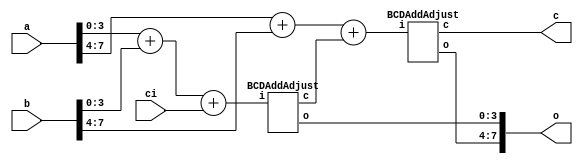


module BCDAdd(ci,a,b,o,c);
input ci;		// carry input
input [7:0] a;
input [7:0] b;
output [7:0] o;
output c;

wire c0,c1;

wire [4:0] hsN0 = a[3:0] + b[3:0] + ci;
wire [4:0] hsN1 = a[7:4] + b[7:4] + c0;

BCDAddAdjust u1 (hsN0,o[3:0],c0);
BCDAddAdjust u2 (hsN1,o[7:4],c);

endmodule

module BCDSub(ci,a,b,o,c);
input ci;		// carry input
input [7:0] a;
input [7:0] b;
output [7:0] o;
output c;

wire c0,c1;

wire [4:0] hdN0 = a[3:0] - b[3:0] - ci;
wire [4:0] hdN1 = a[7:4] - b[7:4] - c0;

BCDSubAdjust u1 (hdN0,o[3:0],c0);
BCDSubAdjust u2 (hdN1,o[7:4],c);

endmodule

module BCDAddAdjust(i,o,c);
input [4:0] i;
output [3:0] o;
reg [3:0] o;
output c;
reg c;
always @(i)
case(i)
5'h0: begin o = 4'h0; c = 1'b0; end
5'h1: begin o = 4'h1; c = 1'b0; end
5'h2: begin o = 4'h2; c = 1'b0; end
5'h3: begin o = 4'h3; c = 1'b0; end
5'h4: begin o = 4'h4; c = 1'b0; end
5'h5: begin o = 4'h5; c = 1'b0; end
5'h6: begin o = 4'h6; c = 1'b0; end
5'h7: begin o = 4'h7; c = 1'b0; end
5'h8: begin o = 4'h8; c = 1'b0; end
5'h9: begin o = 4'h9; c = 1'b0; end
5'hA: begin o = 4'h0; c = 1'b1; end
5'hB: begin o = 4'h1; c = 1'b1; end
5'hC: begin o = 4'h2; c = 1'b1; end
5'hD: begin o = 4'h3; c = 1'b1; end
5'hE: begin o = 4'h4; c = 1'b1; end
5'hF: begin o = 4'h5; c = 1'b1; end
5'h10:	begin o = 4'h6; c = 1'b1; end
5'h11:	begin o = 4'h7; c = 1'b1; end
5'h12:	begin o = 4'h8; c = 1'b1; end
default:	begin o = 4'h9; c = 1'b1; end
endcase
endmodule

module BCDSubAdjust(i,o,c);
input [4:0] i;
output [3:0] o;
reg [3:0] o;
output c;
reg c;
always @(i)
case(i)
5'h0: begin o = 4'h0; c = 1'b0; end
5'h1: begin o = 4'h1; c = 1'b0; end
5'h2: begin o = 4'h2; c = 1'b0; end
5'h3: begin o = 4'h3; c = 1'b0; end
5'h4: begin o = 4'h4; c = 1'b0; end
5'h5: begin o = 4'h5; c = 1'b0; end
5'h6: begin o = 4'h6; c = 1'b0; end
5'h7: begin o = 4'h7; c = 1'b0; end
5'h8: begin o = 4'h8; c = 1'b0; end
5'h9: begin o = 4'h9; c = 1'b0; end
5'h17: begin o = 4'h1; c = 1'b1; end
5'h18: begin o = 4'h2; c = 1'b1; end
5'h19: begin o = 4'h3; c = 1'b1; end
5'h1A: begin o = 4'h4; c = 1'b1; end
5'h1B: begin o = 4'h5; c = 1'b1; end
5'h1C: begin o = 4'h6; c = 1'b1; end
5'h1D: begin o = 4'h7; c = 1'b1; end
5'h1E: begin o = 4'h8; c = 1'b1; end
5'h1F: begin o = 4'h9; c = 1'b1; end
default: begin o = 4'h9; c = 1'b1; end
endcase
endmodule